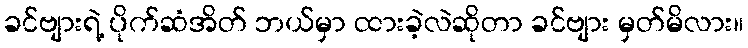
ခင်ဗျားရဲ့ ပိုက်ဆံအိတ် ဘယ်မှာ ထားခဲ့လဲဆိုတာ ခင်ဗျား မှတ်မိလား။